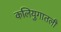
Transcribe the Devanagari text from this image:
कलियुगातली